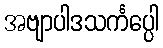
အဗျာပါဒသင်္ကပ္ပေါ